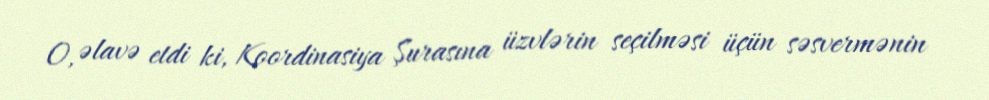
O, əlavə etdi ki, Koordinasiya Şurasına üzvlərin seçilməsi üçün səsvermənin